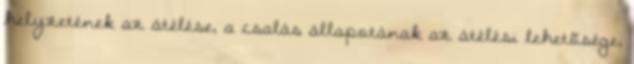
helyzetének az átélése, a csalás állapotának az átélési lehetõsége,